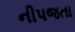
નીપજતા